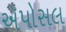
ઍપોસલ